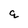
Character: q